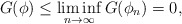
\begin{align*}G(\phi) \leq \liminf_{n\to \infty} G(\phi_n) =0,\end{align*}